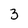
Character: 3